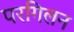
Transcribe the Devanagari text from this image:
परगिलन